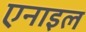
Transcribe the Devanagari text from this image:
एनाइल